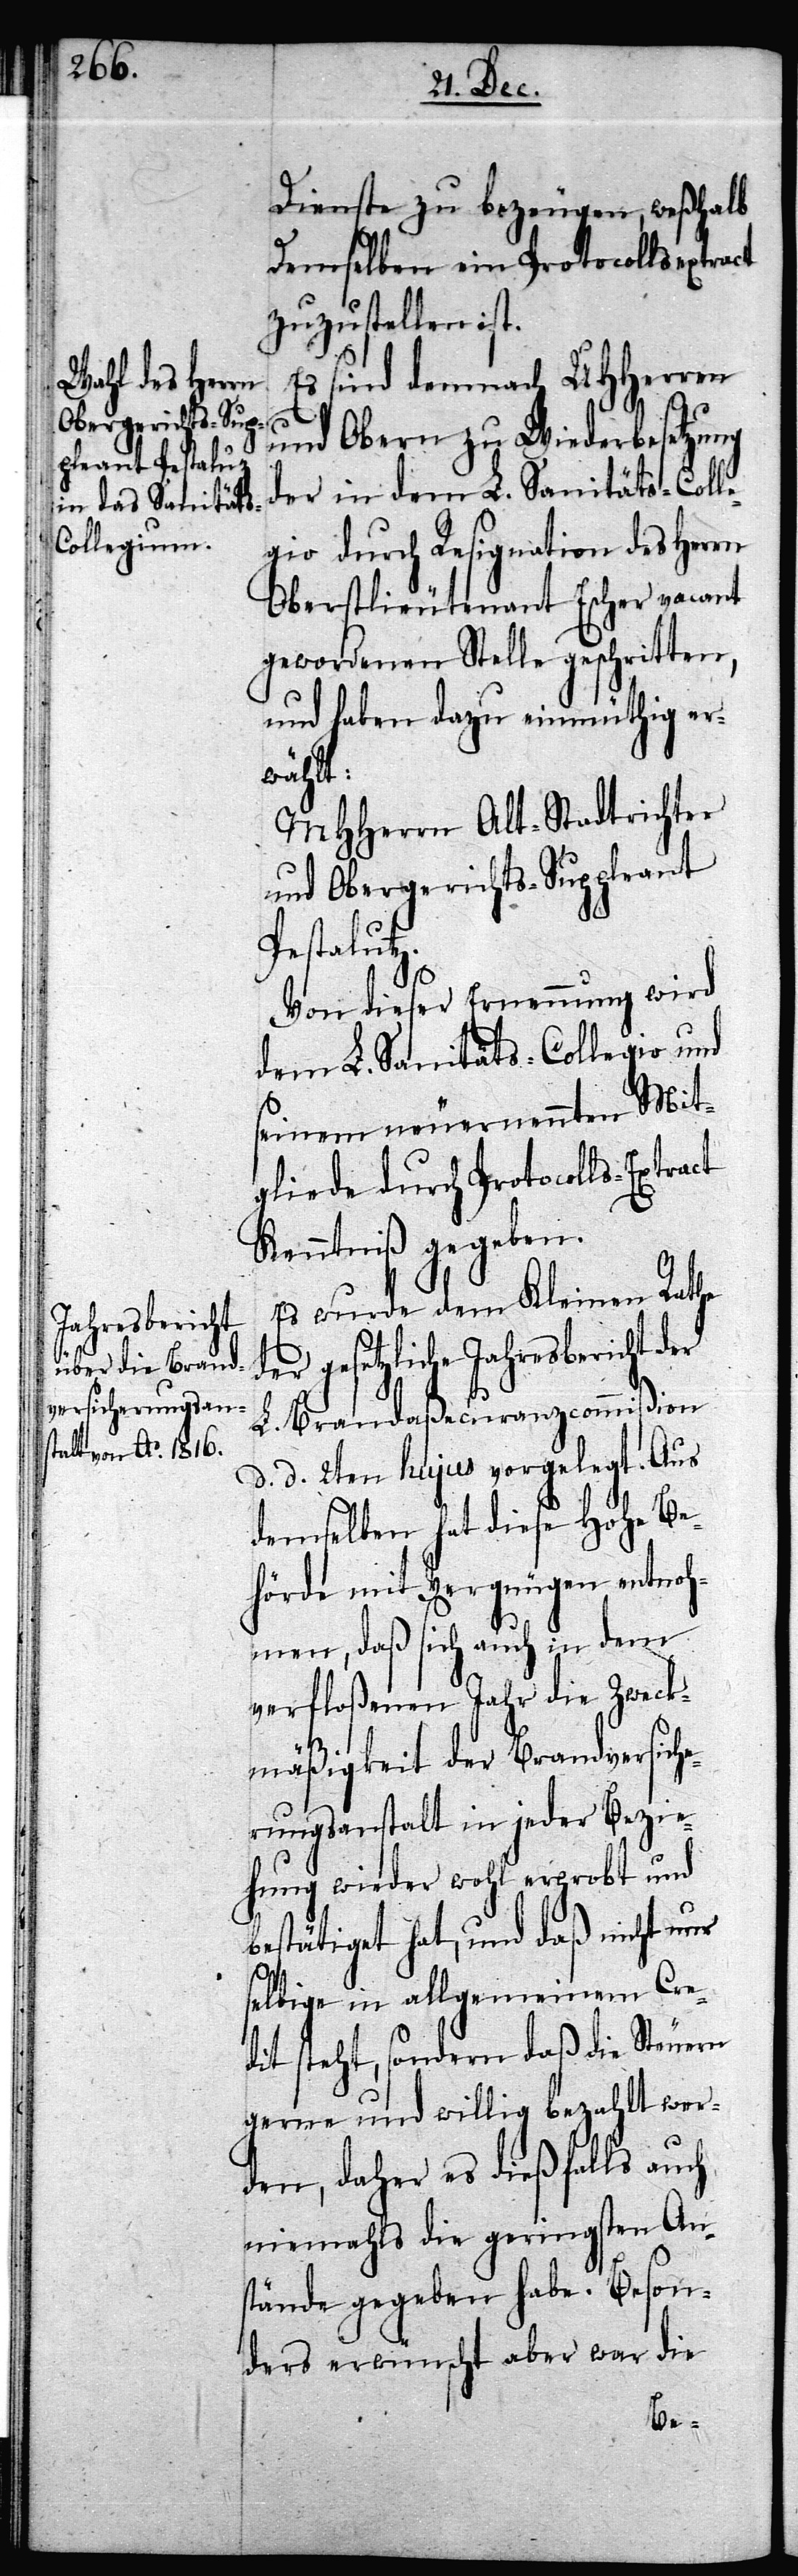
Dienste zu bezeugen, weßhalb
demselben ein Protocollsextract
zuzustellen ist.
Es sind demnach UHHerren
und Obern zu Wiederbesetzung
der in dem L. Sanitäts-Coll¬
egio durch Resignation des Herrn
Oberstlieutenant Escher vacant
gewordenen Stelle geschritten,
und haben dazu einmüthig er¬
wählt:
MHHerrn Alt-Stadtrichter
und Obergerichts-Suppleant
Pestalutz
Von dieser Ernennung wird
dem L. Sanitäts-Collegio und
seinem neuernennten Mit¬
gliede durch Protocolls-Extract
Kenntniß gegeben.
Es wurde dem Kleinen Rathe
der gesetzliche Jahresbericht der
L. Brandaßecuranzcommißion
d. d. 2ten hujus vorgelegt. Aus
demselben hat diese Hohe Be¬
hörde mit Vergnügen entnoh¬
men, daß sich auch in dem
verfloßenen Jahr die Zweck¬
mäßigkeit der Brandversiche¬
rungsanstalt in jeder Bezie¬
hung wieder wohl erprobt und
bestätiget hat, und daß nicht nur
selbige in allgemeinem Cre¬
dit steht, sondern daß die Steuern
gerne und willig bezahlt wer¬
den, daher es dießfalls auch
niemahls die geringsten An¬
stände gegeben habe. Beson¬
ders erwünscht aber war die